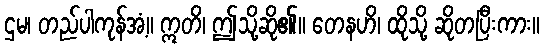
ဌမ၊ တည်ပါကုန်အံ့။ ဣတိ၊ ဤသို့ဆို၏။ တေနဟိ၊ ထိုသို့ ဆိုတပြီးကား။